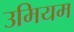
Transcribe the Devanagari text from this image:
उमियम